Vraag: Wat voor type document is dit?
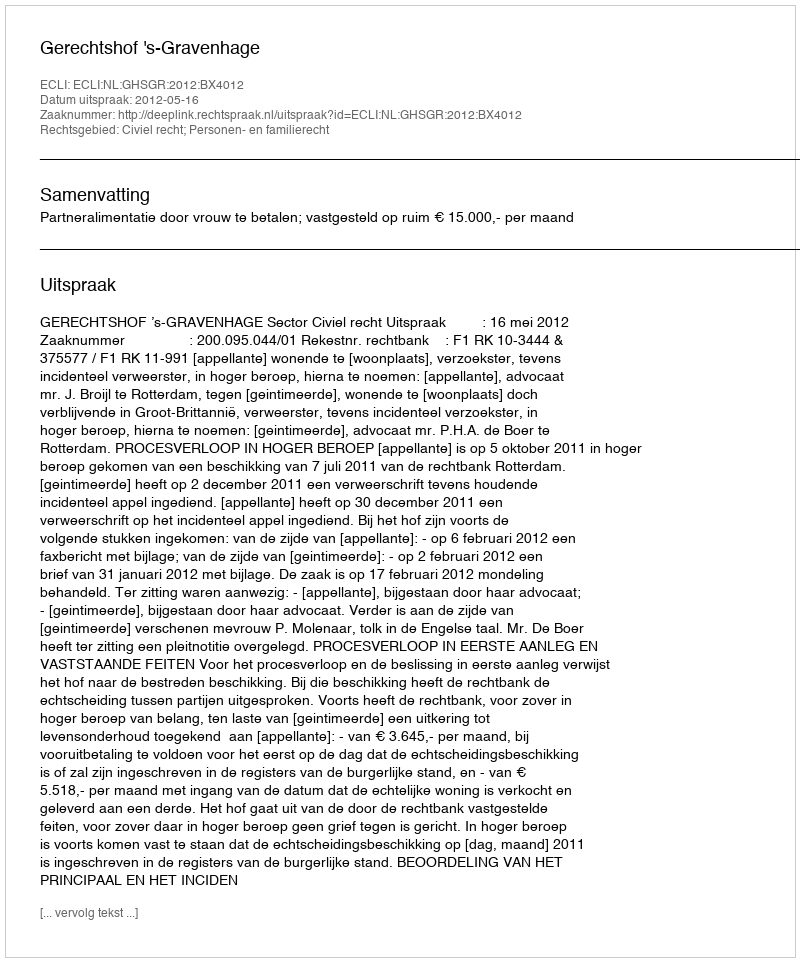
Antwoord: Uitspraak